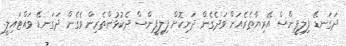
ދަގަނޑޭ ފިލިޕީންސް އޭރިޔާތެރެއަށް ވަދެގެން ދަނިކޮށް ފިލިޕީންސް ދެކުޅުންތެރިން ވެގެން ދަގަނޑޭ ވައްޓައިލީ.